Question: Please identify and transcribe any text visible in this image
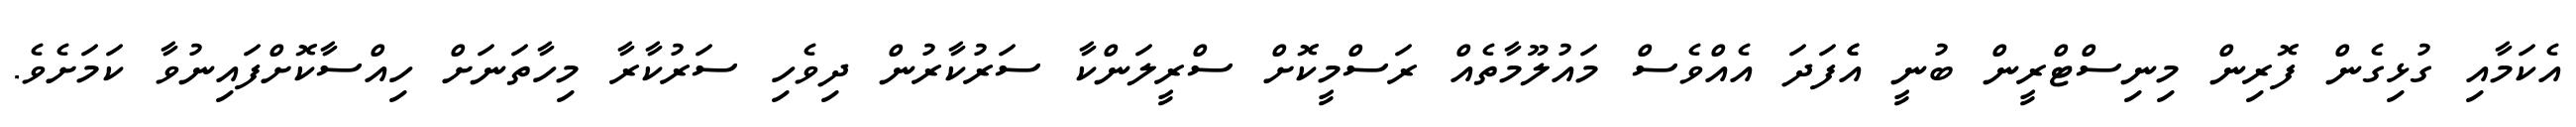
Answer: އެކަމާއި ގުޅިގެން ފޮރިން މިނިސްޓްރީން ބުނީ އެެފަދަ އެއްވެސް މައުލޫމާތެއް ރަސްމީކޮށް ސްރީލަންކާ ސަރުކާރުން ދިވެހި ސަރުކާރާ މިހާތަނަށް ހިއްސާކޮށްފައިނުވާ ކަމަށެވެ.